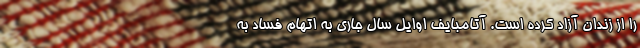
را از زندان آزاد کرده است. آتامبایف اوایل سال جاری به اتهام فساد به